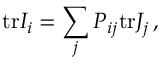
\mathrm { t r } I _ { i } = \sum _ { j } P _ { i j } \mathrm { t r } J _ { j } \, ,